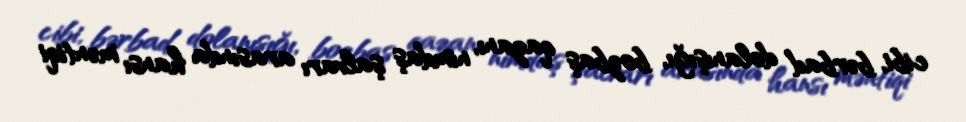
cibi, bərbad dolanışığı, bozbaş qazanı, nimdaş şalvarı arasında hansı məntiqi